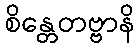
စိန္တေတဗ္ဗာနိ